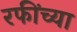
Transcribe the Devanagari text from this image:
रफींच्या